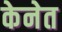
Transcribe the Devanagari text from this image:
केनेत